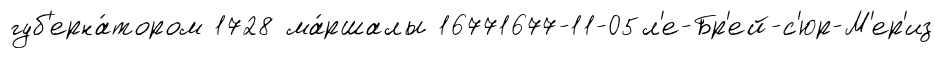
губ'ерна́тором 1728 ма́ршалы 16771677-11-05л'е-Бр'ей-с'юр-М'ер'из